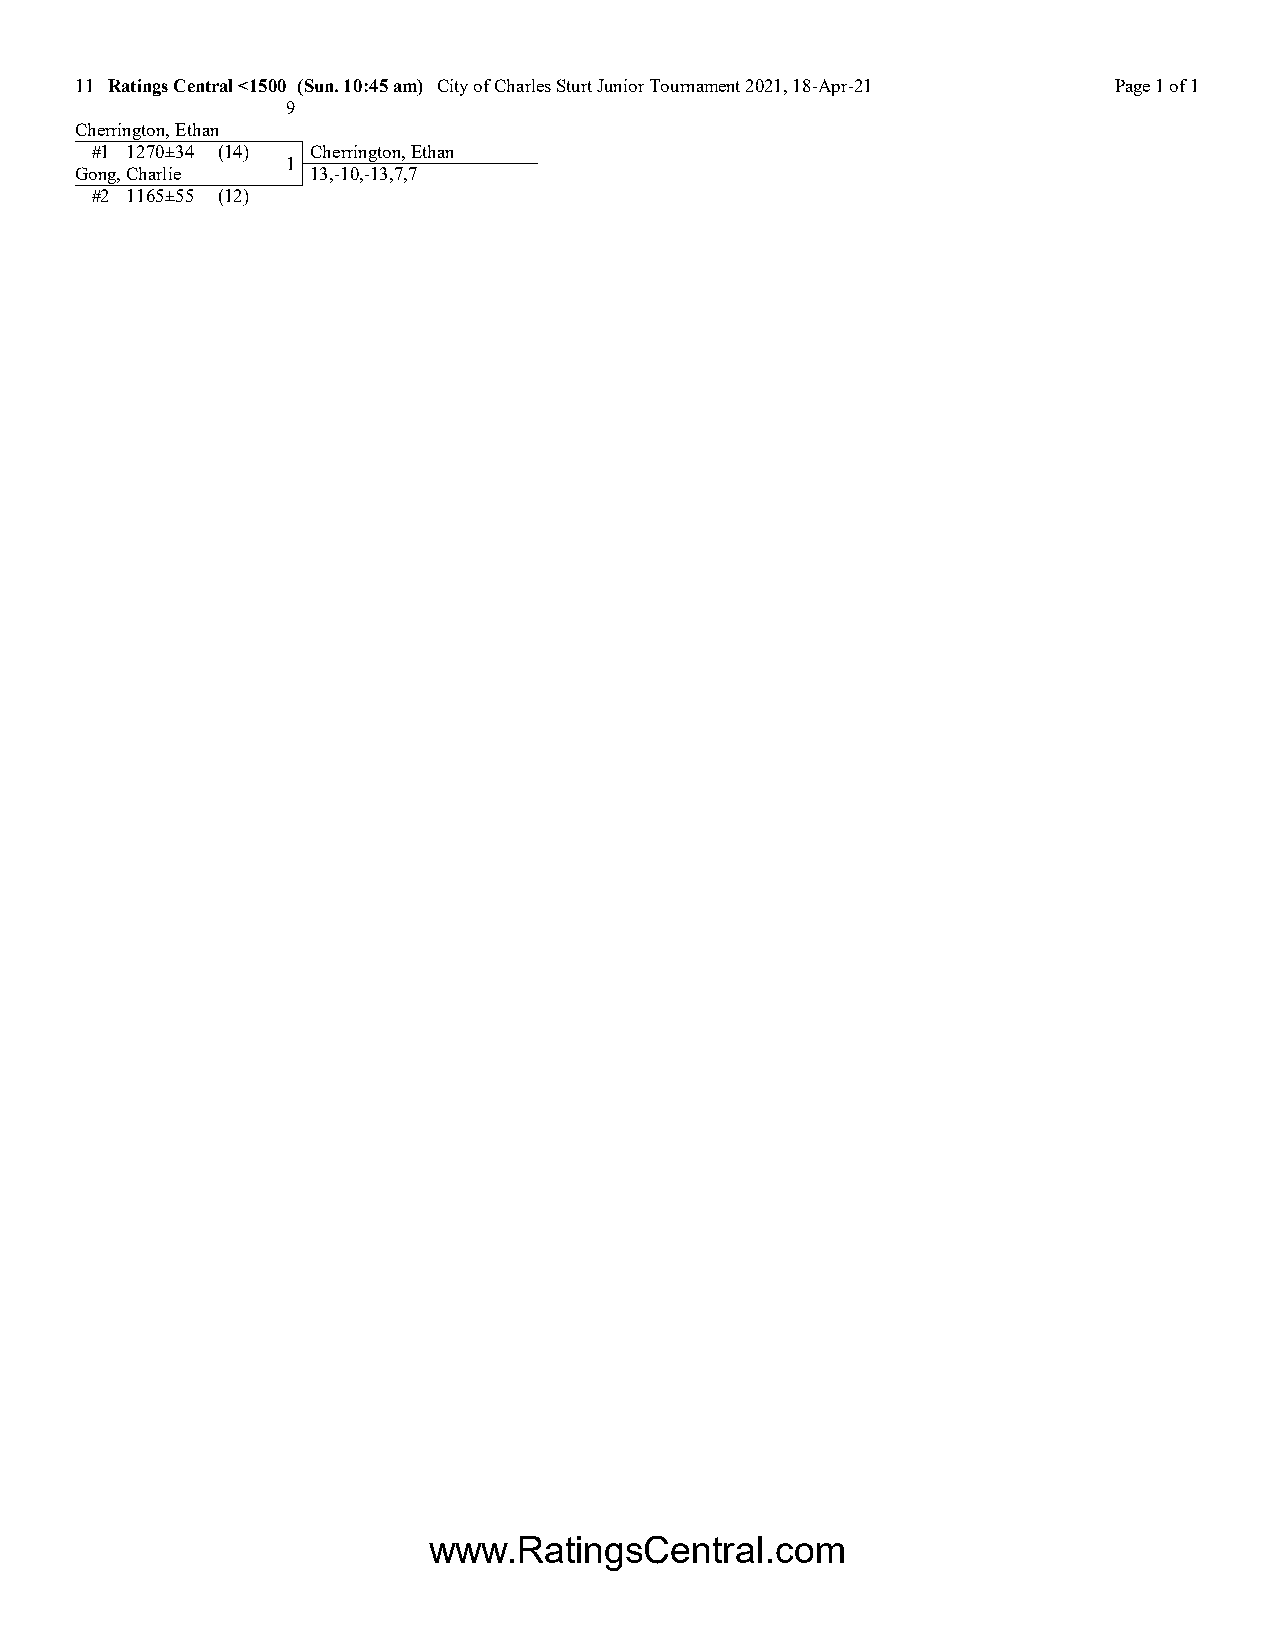
11 Ratings Central <1500 (Sun. 10:45 am) City of Charles Sturt Junior Tournament 2021, 18-Apr-21 Page 1 of 1
 9
 Cherrington, Ethan
 #1 1270±34 (14) Cherrington, Ethan
 1
 Gong, Charlie   13,-10,-13,7,7
 #2 1165±55 (12)
 www.RatingsCentral.com